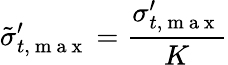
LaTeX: \tilde{\sigma}_{t,\mathrm{~m~a~x~}}^{\prime}=\frac{\sigma_{t,\mathrm{~m~a~x~}}^{\prime}}{K}